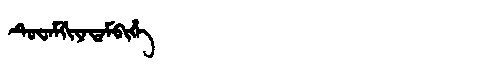
Manchu: ᡨᡠᠸᠠᠮᡤᡳᠶᠠᡨᠠᠮᠪᡳᡥᡝ
Romanization: TUWAMGIYATAMBIHE